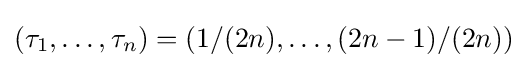
(\tau _{1},\ldots ,\tau _{n})=(1/(2n),\ldots ,(2n-1)/(2n))